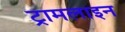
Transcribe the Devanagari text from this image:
ट्रामलाइन